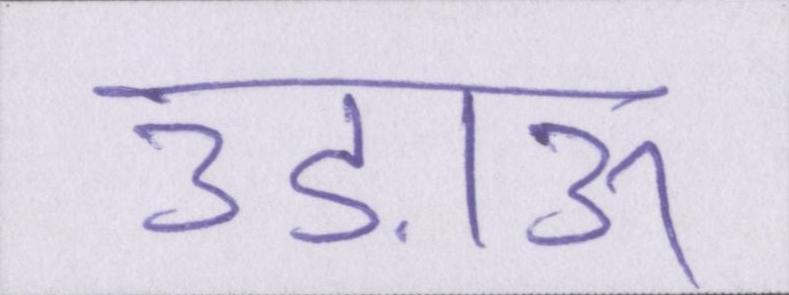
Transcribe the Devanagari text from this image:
उड़ाऊ